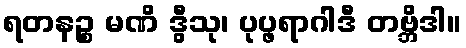
ရတနဉ္စ မဏိ ဒွီသု၊ ပုပ္ဖရာဂါဒီ တဗ္ဘိဒါ။